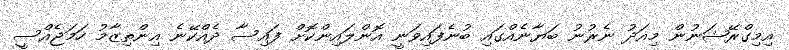
އިމިގްރޭޝަނުން މިއަދު ނެރުނު ބަޔާނެއްގައި ބުނެފައިވަނީ އޮންލައިންކޮށް ފައިސާ ދެއްކޭނެ އިންތިޒާމު ހަމަޖެއްސީ